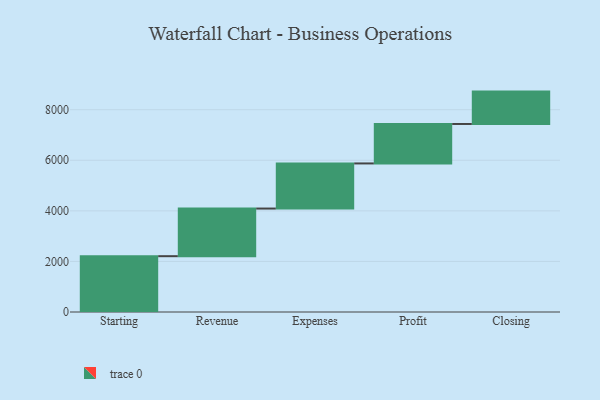
{"axis": {"x": "Step", "y": "Value"}, "legend": [""], "data": [{"x": "Starting", "y": 2207.0, "type": ""}, {"x": "Revenue", "y": 1884.0, "type": ""}, {"x": "Expenses", "y": 1784.0, "type": ""}, {"x": "Profit", "y": 1561.0, "type": ""}, {"x": "Closing", "y": 1280.0, "type": ""}]}